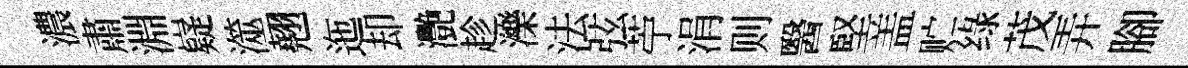
濃肅淵嶷澨翹迤却灧趁濼法弦苧涓则醫堅盖贮绿茂弄腳